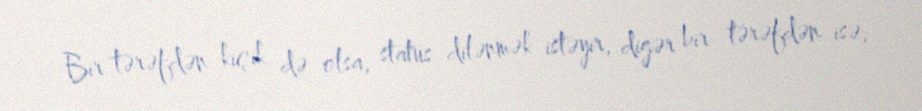
Bir tərəfdən kiçik də olsa, status dilənmək istəyir, digər bir tərəfdən isə,